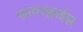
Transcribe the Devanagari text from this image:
फायरफ्लाईझ